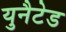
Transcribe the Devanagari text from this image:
युनैटेड